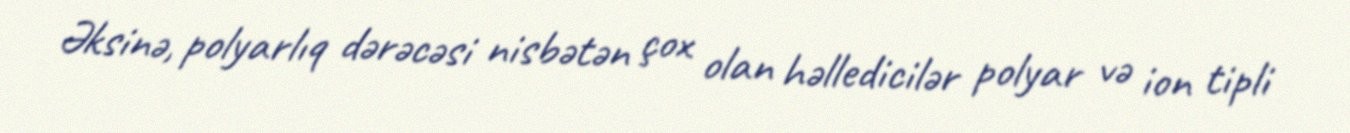
Əksinə, polyarlıq dərəcəsi nisbətən çox olan həlledicilər polyar və ion tipli